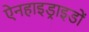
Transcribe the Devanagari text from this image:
ऐनहाइड्राइडों